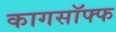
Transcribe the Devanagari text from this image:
कागसॉफ्फ